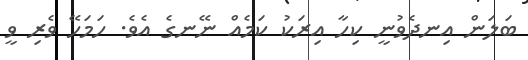
ބަލަން އިނދެވުނީ ކިހާ އިރަކު ކަމެއް ނޭނގެ އެވެ. ހަމަހޭ ވެރި ވީ